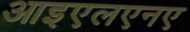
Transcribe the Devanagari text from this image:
आइएलएनए